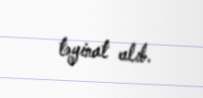
təyinat alıb.